Indian journal of veterinary science and animal husbandry - Volume 12,
Year: 1942
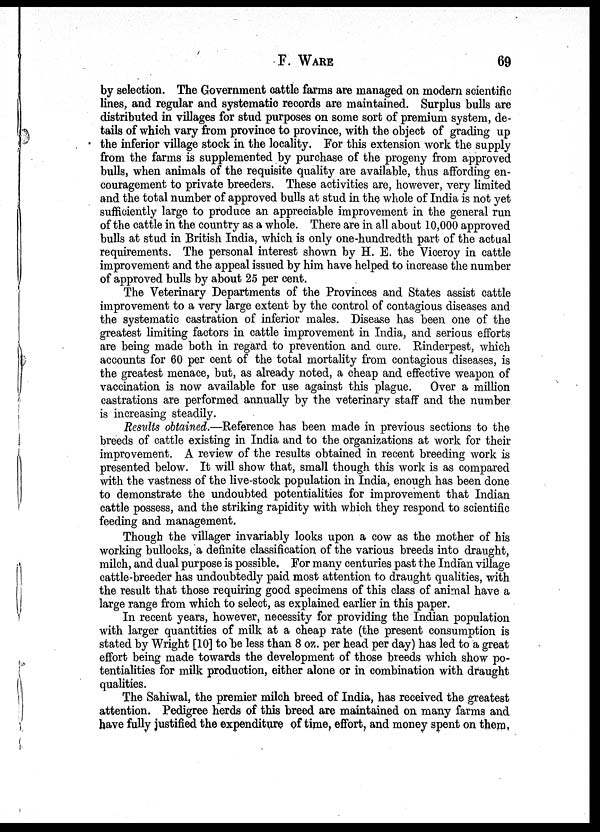
F. WARE 69
by selection. The Government cattle farms are managed on modern scientific
lines, and regular and systematic records are maintained. Surplus bulls are
distributed in villages for stud purposes on some sort of premium system, de-
tails of which vary from province to province, with the object of grading up
the inferior village stock in the locality. For this extension work the supply
from the farms is supplemented by purchase of the progeny from approved
bulls, when animals of the requisite quality are available, thus affording en-
couragement to private breeders. These activities are, however, very limited
and the total number of approved bulls at stud in the whole of India is not yet
sufficiently large to produce an appreciable improvement in the general run
of the cattle in the country as a whole. There are in all about 10,000 approved
bulls at stud in British India, which is only one-hundredth part of the actual
requirements. The personal interest shown by H. E. the Viceroy in cattle
improvement and the appeal issued by him have helped to increase the number
of approved bulls by about 25 per cent.
The Veterinary Departments of the Provinces and States assist cattle
improvement to a very large extent by the control of contagious diseases and
the systematic castration of inferior males. Disease has been one of the
greatest limiting factors in cattle improvement in India, and serious efforts
are being made both in regard to prevention and cure. Rinderpest, which
accounts for 60 per cent of the total mortality from contagious diseases, is
the greatest menace, but, as already noted, a cheap and effective weapon of
vaccination is now available for use against this plague. Over a million
castrations are performed annually by the veterinary staff and the number
is increasing steadily.
Results obtained.—Reference has been made in previous sections to the
breeds of cattle existing in India and to the organizations at work for their
improvement. A review of the results obtained in recent breeding work is
presented below. It will show that, small though this work is as compared
with the vastness of the live-stock population in India, enough has been done
to demonstrate the undoubted potentialities for improvement that Indian
cattle possess, and the striking rapidity with which they respond to scientific
feeding and management.
Though the villager invariably looks upon a cow as the mother of his
working bullocks, a definite classification of the various breeds into draught,
milch, and dual purpose is possible. For many centuries past the Indian village
cattle-breeder has undoubtedly paid most attention to draught qualities, with
the result that those requiring good specimens of this class of animal have a
large range from which to select, as explained earlier in this paper.
In recent years, however, necessity for providing the Indian population
with larger quantities of milk at a cheap rate (the present consumption is
stated by Wright [10] to be less than 8 oz. per head per day) has led to a great
effort being made towards the development of those breeds which show po-
tentialities for milk production, either alone or in combination with draught
qualities.
The Sahiwal, the premier milch breed of India, has received the greatest
attention. Pedigree herds of this breed are maintained on many farms and
have fully justified the expenditure of time, effort, and money spent on them.